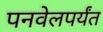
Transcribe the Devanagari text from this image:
पनवेलपर्यंत